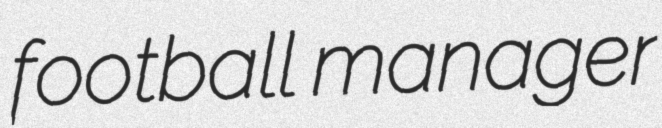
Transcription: football manager